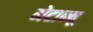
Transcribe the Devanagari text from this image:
मेटान्यू